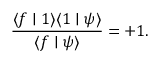
\frac { \langle f \mid 1 \rangle \langle 1 \mid \psi \rangle } { \langle f \mid \psi \rangle } = + 1 .